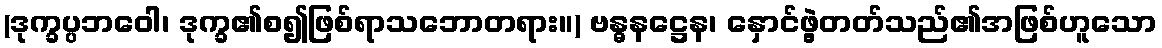
(ဒုက္ခပ္ပဘဝေါ၊ ဒုက္ခ၏စ၍ဖြစ်ရာသဘောတရား။) ဗန္ဓနဋ္ဌေန၊ နှောင်ဖွဲ့တတ်သည်၏အဖြစ်ဟူသော